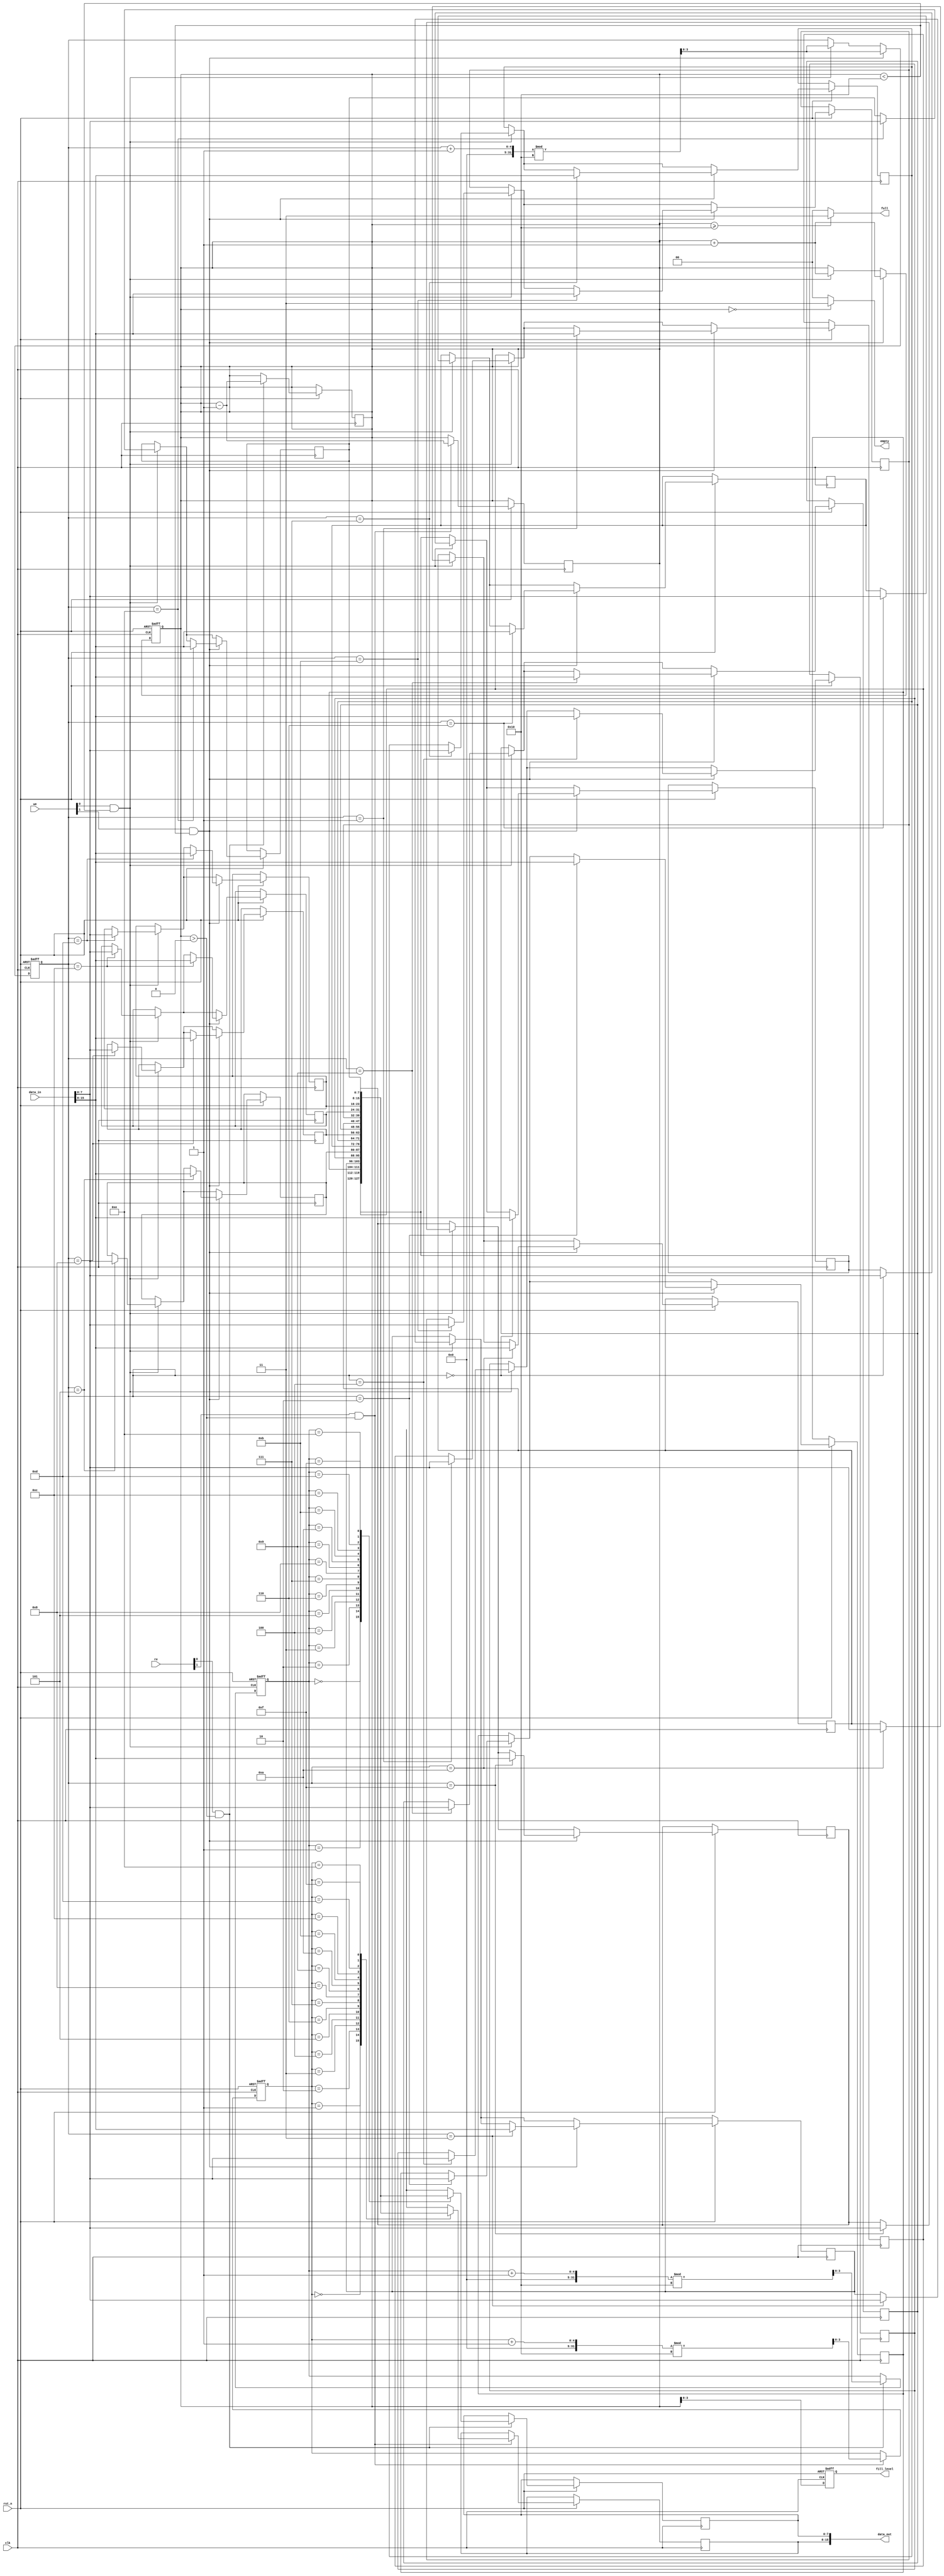
module multiport_fifo #(
    parameter DATA_WIDTH = 8,  // Width of the data
    parameter FIFO_DEPTH = 16,  // Depth of the FIFO
    parameter NUM_READ_PORTS = 2, // Number of read ports
    parameter NUM_WRITE_PORTS = 2 // Number of write ports
)(
    input wire clk,
    input wire rst_n,
    
    // Write ports
    input wire [NUM_WRITE_PORTS-1:0] we, // Write enable signals
    input wire [DATA_WIDTH*NUM_WRITE_PORTS-1:0] data_in, // Data inputs
    output wire [NUM_WRITE_PORTS-1:0] full, // Full flags for write ports

    // Read ports
    input wire [NUM_READ_PORTS-1:0] re, // Read enable signals
    output wire [DATA_WIDTH*NUM_READ_PORTS-1:0] data_out, // Data outputs
    output wire [NUM_READ_PORTS-1:0] empty, // Empty flags for read ports
    
    // Status flags
    output reg [3:0] fill_level // Fill level indicator
);

    // Internal memory array
    reg [DATA_WIDTH-1:0] fifo_mem [0:FIFO_DEPTH-1];
    
    // Read and write pointers
    reg [$clog2(FIFO_DEPTH)-1:0] write_pointer;
    reg [$clog2(FIFO_DEPTH)-1:0] read_pointer [0:NUM_READ_PORTS-1];
    
    // Track number of entries in FIFO
    reg [FIFO_DEPTH-1:0] fifo_count;

    // Initialize pointers and fill level
    integer i;
    initial begin
        write_pointer = 0;
        for (i = 0; i < NUM_READ_PORTS; i = i + 1) begin
            read_pointer[i] = 0;
        end
        fifo_count = 0;
        fill_level = 0;
    end

    // Write operation
    always @(posedge clk or negedge rst_n) begin
        if (!rst_n) begin
            write_pointer <= 0;
            fifo_count <= 0;
            fill_level <= 0;
        end else begin
            for (i = 0; i < NUM_WRITE_PORTS; i = i + 1) begin
                if (we[i] && (fifo_count < FIFO_DEPTH)) begin
                    fifo_mem[write_pointer] <= data_in[DATA_WIDTH*(i+1)-1:DATA_WIDTH*i];
                    write_pointer <= (write_pointer + 1) % FIFO_DEPTH;
                    fifo_count <= fifo_count + 1;
                end
            end
            fill_level <= fifo_count;
        end
    end

    // Read operation
    genvar j;
    generate
        for (j = 0; j < NUM_READ_PORTS; j = j + 1) begin : read_process
            always @(posedge clk or negedge rst_n) begin
                if (!rst_n) begin
                    read_pointer[j] <= 0;
                end else begin
                    if (re[j] && (fifo_count > 0)) begin
                        data_out[DATA_WIDTH*(j+1)-1:DATA_WIDTH*j] <= fifo_mem[read_pointer[j]];
                        read_pointer[j] <= (read_pointer[j] + 1) % FIFO_DEPTH;
                        fifo_count <= fifo_count - 1;
                    end
                end
            end
        end
    endgenerate

    // Full and empty flags
    assign full = (fifo_count >= FIFO_DEPTH) ? {NUM_WRITE_PORTS{1'b1}} : {NUM_WRITE_PORTS{1'b0}};
    assign empty = (fifo_count == 0) ? {NUM_READ_PORTS{1'b1}} : {NUM_READ_PORTS{1'b0}};

endmodule